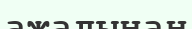
ажалынан